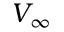
V _ { \infty }